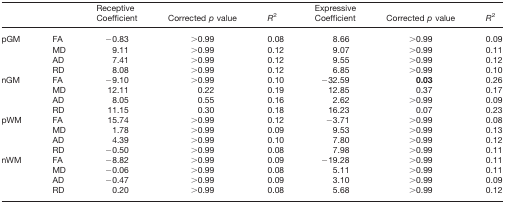
| <COLSPAN=2>  | <COLSPAN=3> Receptive | <COLSPAN=3> Expressive |
 |  |  | Coefficient | Corrected p value | R2 | Coefficient | Corrected p value | R2 |
 | --- | --- | --- | --- | --- | --- | --- | --- |
 | <ROWSPAN=3> pGM | FA | −0.83 | >0.99 | 0.08 | 8.66 | >0.99 | 0.09 |
 | MD | 9.11 | >0.99 | 0.12 | 9.07 | >0.99 | 0.11 |
 | AD | 7.41 | >0.99 | 0.12 | 9.55 | >0.99 | 0.12 |
 |  | RD | 8.08 | >0.99 | 0.12 | 6.85 | >0.99 | 0.10 |
 | <ROWSPAN=3> nGM | FA | −9.10 | >0.99 | 0.10 | −32.59 | 0.03 | 0.26 |
 | MD | 12.11 | 0.22 | 0.19 | 12.85 | 0.37 | 0.17 |
 | AD | 8.05 | 0.55 | 0.16 | 2.62 | >0.99 | 0.09 |
 |  | RD | 11.15 | 0.30 | 0.18 | 16.23 | 0.07 | 0.23 |
 | <ROWSPAN=3> pWM | FA | 15.74 | >0.99 | 0.12 | −3.71 | >0.99 | 0.08 |
 | MD | 1.78 | >0.99 | 0.09 | 9.53 | >0.99 | 0.13 |
 | AD | 4.39 | >0.99 | 0.10 | 7.80 | >0.99 | 0.12 |
 |  | RD | −0.50 | >0.99 | 0.08 | 7.98 | >0.99 | 0.11 |
 | <ROWSPAN=3> nWM | FA | −8.82 | >0.99 | 0.09 | −19.28 | >0.99 | 0.11 |
 | MD | −0.06 | >0.99 | 0.08 | 5.11 | >0.99 | 0.11 |
 | AD | −0.47 | >0.99 | 0.09 | 3.10 | >0.99 | 0.09 |
 |  | RD | 0.20 | >0.99 | 0.08 | 5.68 | >0.99 | 0.12 |